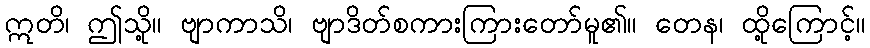
ဣတိ၊ ဤသို့။ ဗျာကာသိ၊ ဗျာဒိတ်စကားကြားတော်မူ၏။ တေန၊ ထို့ကြောင့်။